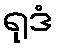
ရုဒံ